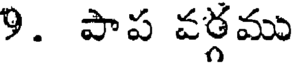
9. పాప వర్గము